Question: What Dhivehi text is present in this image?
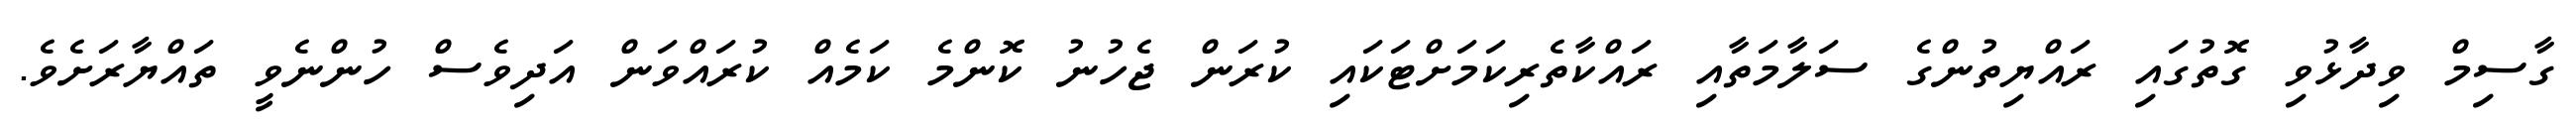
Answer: ގާސިމް ވިދާޅުވި ގޮތުގައި ރައްޔިތުންގެ ސަލާމަތާއި ރައްކާތެރިކަމަށްޓަކައި ކުރަން ޖެހުނު ކޮންމެ ކަމެއް ކުރައްވަން އަދިވެސް ހުންނެވީ ތައްޔާރަށެވެ.